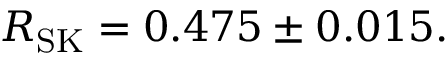
R _ { \mathrm { S K } } = 0 . 4 7 5 \pm 0 . 0 1 5 .